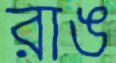
রাঙ